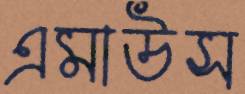
এমাউস